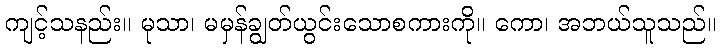
ကျင့်သနည်း။ မုသာ၊ မမှန်ချွတ်ယွင်းသောစကားကို။ ကော၊ အဘယ်သူသည်။